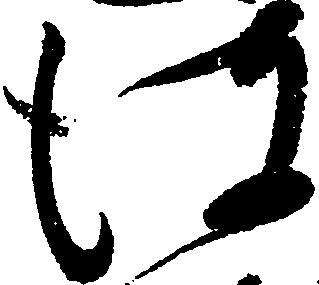
彼